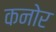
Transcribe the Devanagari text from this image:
कनोर